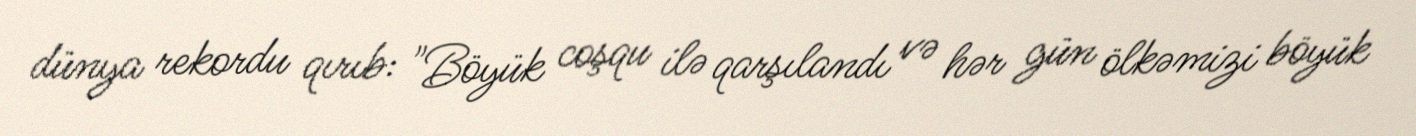
dünya rekordu qırıb: "Böyük coşqu ilə qarşılandı və hər gün ölkəmizi böyük